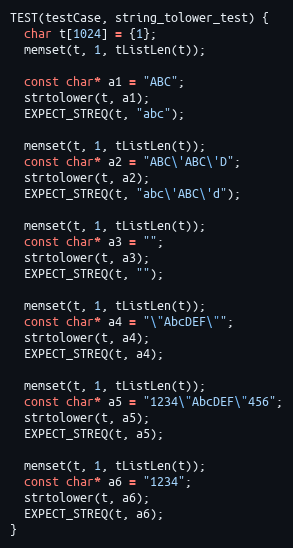
Language: C++
TEST(testCase, string_tolower_test) {
  char t[1024] = {1};
  memset(t, 1, tListLen(t));

  const char* a1 = "ABC";
  strtolower(t, a1);
  EXPECT_STREQ(t, "abc");

  memset(t, 1, tListLen(t));
  const char* a2 = "ABC\'ABC\'D";
  strtolower(t, a2);
  EXPECT_STREQ(t, "abc\'ABC\'d");

  memset(t, 1, tListLen(t));
  const char* a3 = "";
  strtolower(t, a3);
  EXPECT_STREQ(t, "");

  memset(t, 1, tListLen(t));
  const char* a4 = "\"AbcDEF\"";
  strtolower(t, a4);
  EXPECT_STREQ(t, a4);

  memset(t, 1, tListLen(t));
  const char* a5 = "1234\"AbcDEF\"456";
  strtolower(t, a5);
  EXPECT_STREQ(t, a5);

  memset(t, 1, tListLen(t));
  const char* a6 = "1234";
  strtolower(t, a6);
  EXPECT_STREQ(t, a6);
}